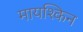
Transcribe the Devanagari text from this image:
मायश्किन